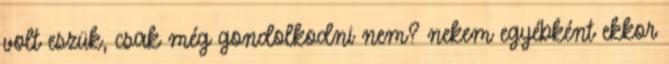
volt eszük, csak még gondolkodni nem? nekem egyébként ekkor